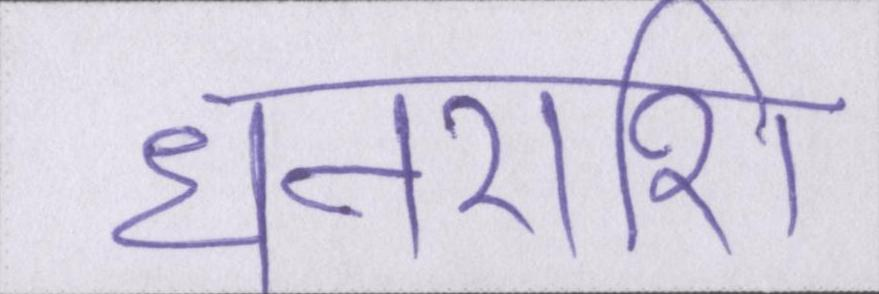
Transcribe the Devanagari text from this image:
धनराशि